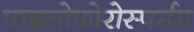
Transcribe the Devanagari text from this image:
पाइलोफोरोस्पर्मम